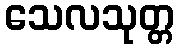
သေလသုတ္တ